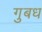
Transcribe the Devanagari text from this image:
गुबध